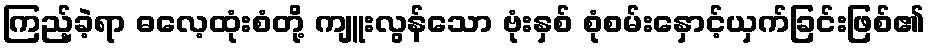
ကြည့်ခဲ့ရာ ဓလေ့ထုံးစံတို့ ကျူးလွန်သော ဗုံးနှစ် စုံစမ်းနှောင့်ယှက်ခြင်းဖြစ်၏